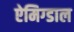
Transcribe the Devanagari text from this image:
ऐमिग्डाल